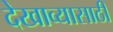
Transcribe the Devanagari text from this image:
देखाव्यासाठी